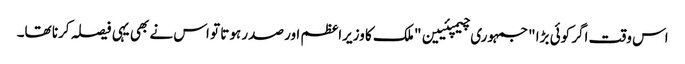
اس وقت اگر کوئی بڑا "جمہوری چیمپئیین" ملک کا وزیراعظم اور صدر ہوتا تو اس نے بھی یہی فیصلہ کرنا تھا۔